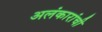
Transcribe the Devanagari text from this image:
अलंकारांची